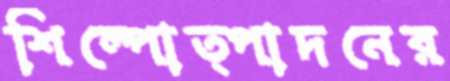
শিল্পোত্পাদনের